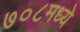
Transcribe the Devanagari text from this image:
७०८मध्ये